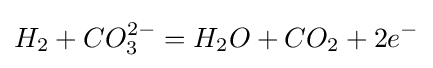
H_{2}+CO_{3}^{2-}=H_{2}O+CO_{2}+2e^{-}